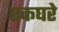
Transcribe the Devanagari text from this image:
एकघरे